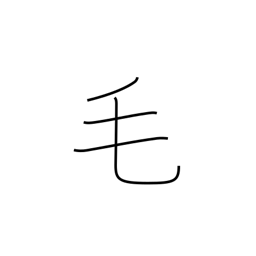
Meaning: fur